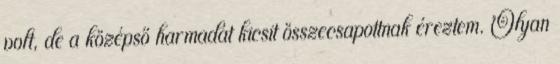
volt, de a középső harmadát kicsit összecsapottnak éreztem. Olyan